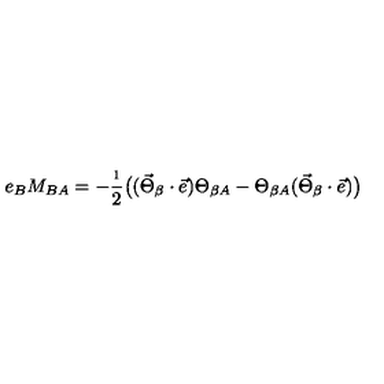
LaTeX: e _ { B } M _ { B A } = - \frac { \i } { 2 } \bigl ( ( \vec { \Theta } _ { \beta } \cdot \vec { e } ) \Theta _ { \beta A } - \Theta _ { \beta A } ( \vec { \Theta } _ { \beta } \cdot \vec { e } ) \bigr ) \nonumber